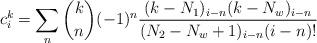
LaTeX: \begin{align*}c_{i}^{k}=\sum_{n}{\binom{k}{n}}(-1)^{n}\frac{(k-N_{1})_{i-n}(k-N_{w})_{i-n}}{(N_{2}-N_{w}+1)_{i-n}(i-n)!} \end{align*}